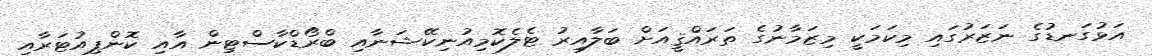
އަޅުގަނޑުގެ ނަޒަރުގައި މިކަމަކީ މިޒަމާނުގެ ތަރައްޤީއަށް ބަލާއިރު ޓެލެކޮމިއުނިކޭޝަނާއި ބްރޯޑްކާސްޓިން އާއި ކޮންޕިއުޓަރާއި